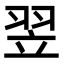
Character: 翌